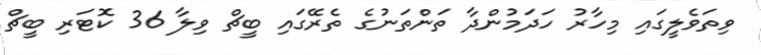
ވިތަވެލީގައި މިހާރު ހަދަމުންދާ ތަންތަނުގެ ތެރޭގައި ބީޗް ވިލާ 36 ކޮޓަރި ބީޗް